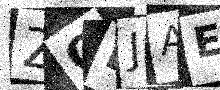
Text: ZOLJAE